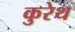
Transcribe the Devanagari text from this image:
कुरेथ